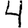
Digit: 4